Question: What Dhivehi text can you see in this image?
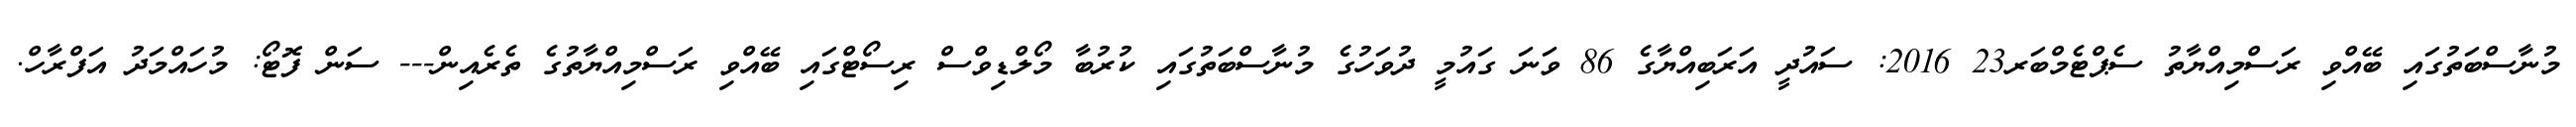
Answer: މުނާސްބަތުގައި ބޭއްވި ރަސްމިއްޔާތު ސެޕްޓެމްބަރ23 2016: ސައުދީ އަރަބިއްޔާގެ 86 ވަނަ ގައުމީ ދުވަހުގެ މުނާސްބަތުގައި ކުރުބާ މޯލްޑިވްސް ރިސޯޓްގައި ބޭއްވި ރަސްމިއްޔާތުގެ ތެރެއިން--- ސަން ފޮޓޯ: މުހައްމަދު އަފްރާހް.